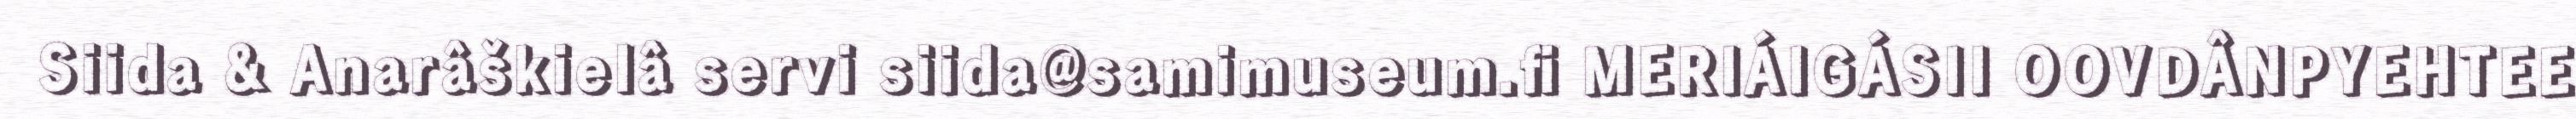
Siida & Anarâškielâ servi siida@samimuseum.fi MERIÁIGÁSII OOVDÂNPYEHTEE